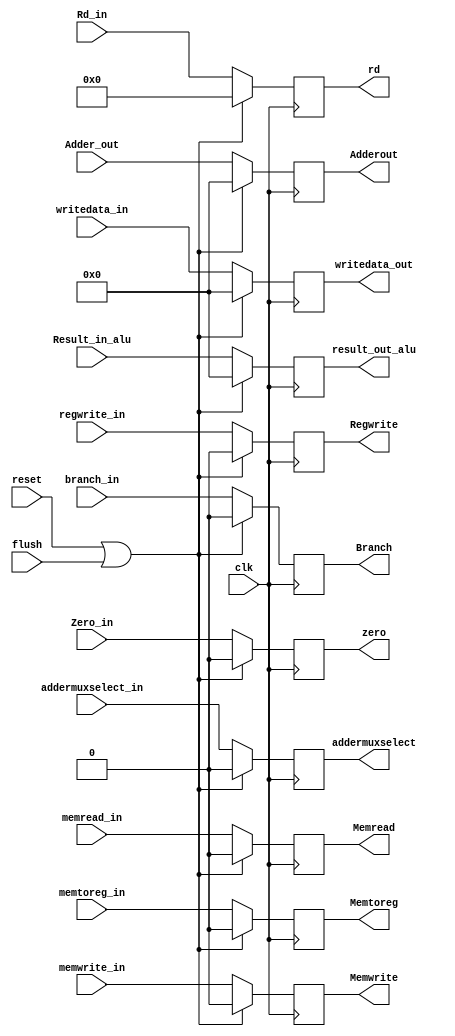
          
module EXMEM(
  input clk,reset,
  input [63:0] Adder_out, //adder output
  input [63:0] Result_in_alu,//64bit alu output
  input Zero_in,//64bit alu output
  input [63:0] writedata_in, //2 bit mux2by1 output
  input [4:0] Rd_in, //IDEX output
  input branch_in,memread_in,memtoreg_in,memwrite_in,regwrite_in, //IDEXX outputs
  input flush, 
  input addermuxselect_in,
  output reg [63:0] Adderout,
  output reg zero,
  output reg [63:0] result_out_alu,
  output reg [63:0] writedata_out,
  output reg [4:0]rd,
  output reg Branch,Memread,Memtoreg, Memwrite, Regwrite,
  output reg addermuxselect);
  
  always @ (posedge clk)
    begin
      if (reset == 1'b1 || flush == 1'b1)
        begin
          Adderout = 64'b0;
          zero = 1'b0;
          result_out_alu = 63'b0;
          writedata_out = 64'b0;
          rd = 5'b0;
          Branch = 1'b0;
          Memread = 1'b0;
          Memtoreg =1'b0;
          Memwrite = 1'b0;
          Regwrite = 1'b0;
          addermuxselect = 1'b0;
        end
      else
        begin
          Adderout = Adder_out;
          zero = Zero_in;
          result_out_alu = Result_in_alu;
          writedata_out = writedata_in;
          rd = Rd_in;
          Branch = branch_in;
          Memread = memread_in;
          Memtoreg = memtoreg_in;
          Memwrite = memwrite_in;
          Regwrite = regwrite_in;
          addermuxselect = addermuxselect_in;
        end
    end
endmodule